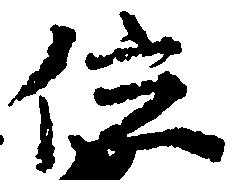
位